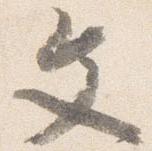
文